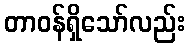
တာဝန်ရှိသော်လည်း